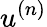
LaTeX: u^{(n)}